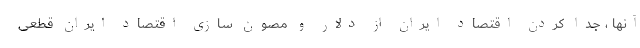
آنها ، جدا کردن اقتصاد ایران از دلار و مصون سازی اقتصاد ایران قطعی